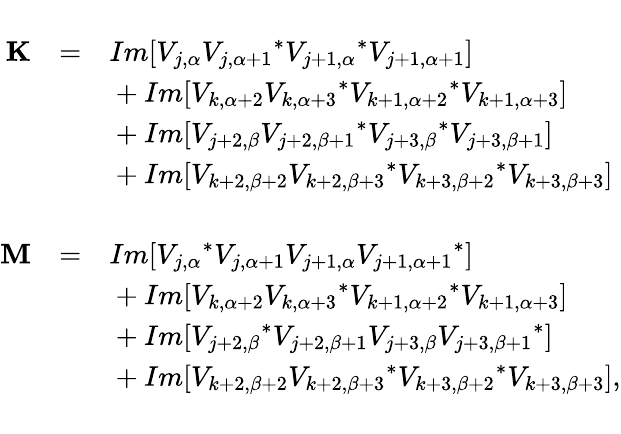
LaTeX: \begin{array}{rcl}{{}}&{{}}&{{}}\\ {{\mathbf{K}}}&{{=}}&{{Im[V_{j,\alpha}{V_{j,\alpha+1}}^{*}{V_{j+1,\alpha}}^{*}V_{j+1,\alpha+1}]}}\\ {{}}&{{}}&{{{}+Im[V_{k,\alpha+2}{V_{k,\alpha+3}}^{*}{V_{k+1,\alpha+2}}^{*}V_{k+1,\alpha+3}]}}\\ {{}}&{{}}&{{{}+Im[V_{j+2,\beta}{V_{j+2,\beta+1}}^{*}{V_{j+3,\beta}}^{*}V_{j+3,\beta+1}]}}\\ {{}}&{{}}&{{{}+Im[V_{k+2,\beta+2}{V_{k+2,\beta+3}}^{*}{V_{k+3,\beta+2}}^{*}V_{k+3,\beta+3}]}}\\ {{}}&{{}}&{{}}\\ {{\mathbf{M}}}&{{=}}&{{Im[{V_{j,\alpha}}^{*}V_{j,\alpha+1}V_{j+1,\alpha}{V_{j+1,\alpha+1}}^{*}]}}\\ {{}}&{{}}&{{{}+Im[V_{k,\alpha+2}{V_{k,\alpha+3}}^{*}{V_{k+1,\alpha+2}}^{*}V_{k+1,\alpha+3}]}}\\ {{}}&{{}}&{{{}+Im[{V_{j+2,\beta}}^{*}V_{j+2,\beta+1}V_{j+3,\beta}{V_{j+3,\beta+1}}^{*}]}}\\ {{}}&{{}}&{{{}+Im[V_{k+2,\beta+2}{V_{k+2,\beta+3}}^{*}{V_{k+3,\beta+2}}^{*}V_{k+3,\beta+3}],}}\\ {{}}&{{}}&{{}}\end{array}